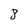
Character: 8